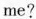
me?